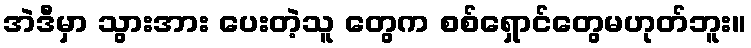
အဲဒီမှာ သွားအား ပေးတဲ့သူ တွေက စစ်ရှောင်တွေမဟုတ်ဘူး။